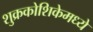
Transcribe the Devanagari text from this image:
शुक्रकोशिकेमध्ये